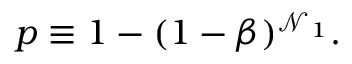
\begin{array} { r } { p \equiv 1 - ( 1 - \beta ) ^ { \mathcal { N } _ { 1 } } . } \end{array}